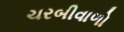
ચરબીવાળો